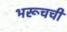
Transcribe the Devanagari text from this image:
भरूचची